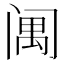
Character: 䦸